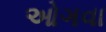
ઓગવા